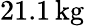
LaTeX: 21.1\, \mathrm{kg}